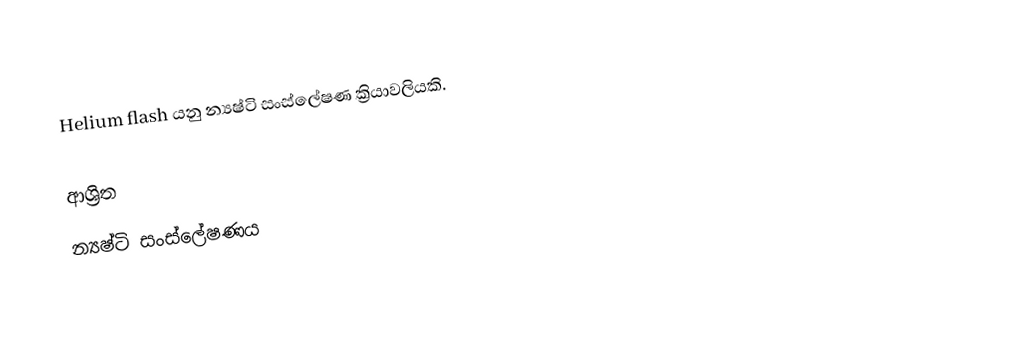
Helium flash යනු න්‍යෂ්ටි සංස්ලේෂණ ක්‍රියාවලියකි.

ආශ්‍රිත
 න්‍යෂ්ටි සංස්ලේෂණය